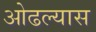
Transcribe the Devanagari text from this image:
ओढल्यास